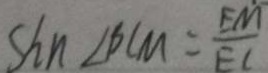
\sin \angle B L M = \frac { E M } { E C }